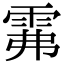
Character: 𩂕